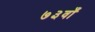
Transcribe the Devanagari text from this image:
७३वाँ